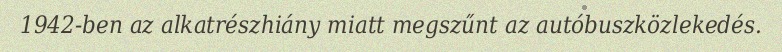
1942-ben az alkatrészhiány miatt megszűnt az autóbuszközlekedés.